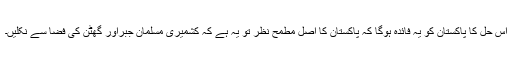
اس حل کا پاکستان کو یہ فائدہ ہوگا کہ پاکستان کا اصل مطمح نظر تو یہ ہے کہ کشمیری مسلمان جبراور گھٹن کی فضا سے نکلیں۔